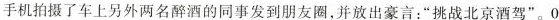
手机拍摄了车上另外两名醉酒的同事发到朋友圈，并放出豪言：”挑战北京酒驾”。0